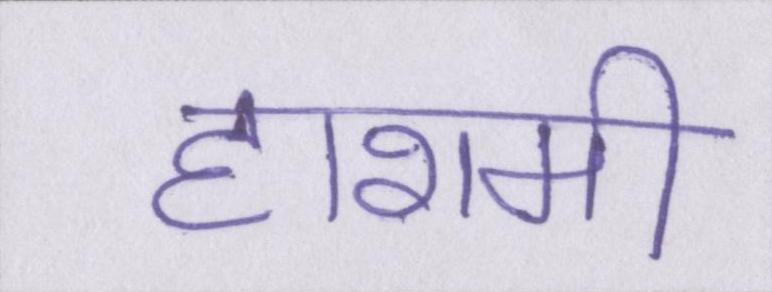
हाशमी